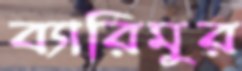
ব্যারিমুর